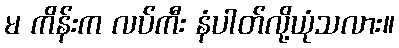
မ ကိန်းက လပ်ကီး နံပါတ်လို့ယုံသလား။